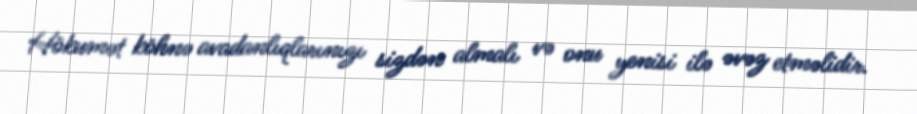
Hökumət köhnə avadanlıqlarınızı sizdən almalı və onu yenisi ilə əvəz etməlidir.